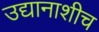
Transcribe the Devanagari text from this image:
उद्यानाशीच